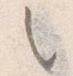
々